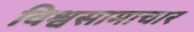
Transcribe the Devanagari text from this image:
विश्वसामाचार